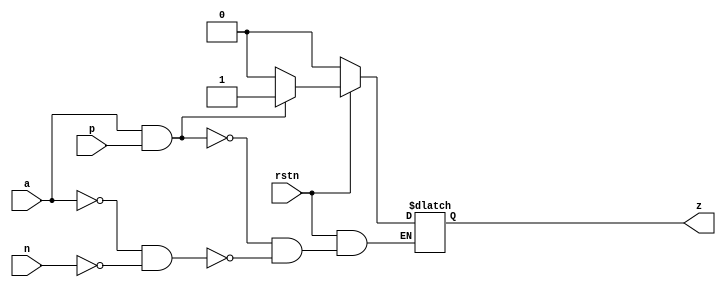
//   Project     : async
//   Description : Verilog model of a Muller/C-element (3 inputs, assymetric)
//   Copyright 2016 Ronan BARZIC

`timescale 1ns/1ns

module muller3as(/*AUTOARG*/
   // Outputs
   z,
   // Inputs
   a, p, n, rstn
   );
  input  a;
  input  p;
  input  n;
  input  rstn;
  output z;

  /*AUTOREG*/
  // Beginning of automatic regs (for this module's undeclared outputs)
  reg                   z;
  // End of automatics

  always @* begin
    if(rstn == 1'b0) begin
      z <= 0;
    end
    else begin
      if((a==1'b1) & (p==1'b1)) begin
        z <= #1 1'b1;
      end
      else if((a==1'b0) & (n==1'b0)) begin
         z <= #1 1'b0;
      end
    end

  end



endmodule // muller3as